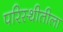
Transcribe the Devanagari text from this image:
परिस्थीतीला